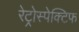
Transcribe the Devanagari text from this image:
रेट्रोस्‍पेक्टिफ